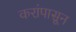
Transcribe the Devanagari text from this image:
करांपासून